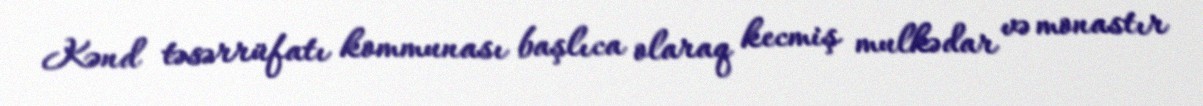
Kənd təsərrüfatı kommunası başlıca olaraq kecmiş mulkədar və monastır